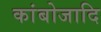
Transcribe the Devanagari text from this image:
कांबोजादि